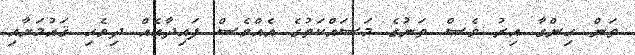
ތަން ހިންގާ އިރު ވެސް ތަނުގެ މަސައްކަތުގެ އެއްވެސް ފައިދާއެއް ދިވެހި ޤައުމަށާއި